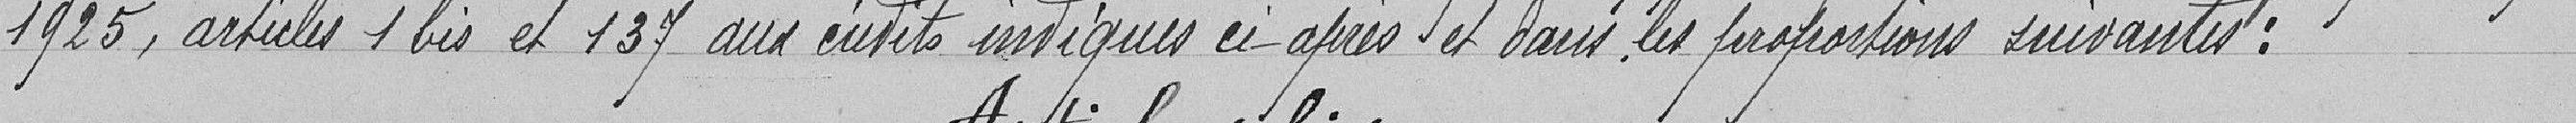
1925, articles 1 bus et 137 aux crédits indiquées ci-après et dans les proportions suivantes